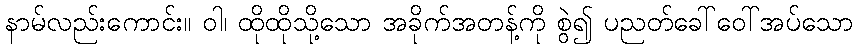
နာမ်လည်းကောင်း။ ဝါ၊ ထိုထိုသို့သော အခိုက်အတန့်ကို စွဲ၍ ပညတ်ခေါ်ဝေါ်အပ်သော